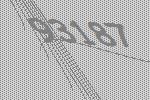
93187